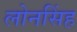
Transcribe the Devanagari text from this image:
लोनसिंह